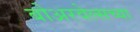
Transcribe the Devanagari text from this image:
बोअरवेल्सच्या